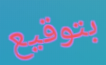
بتوقيع